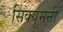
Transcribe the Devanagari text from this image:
सिंक्यूमनी